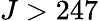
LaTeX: J>247